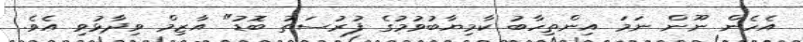
އެހެން ނޫން ނަމަ އިންތިހާބު ކާމިޔާބުވުމުގެ ފުރުސަތު ބޮޑު" އާޒިމް ވިދާޅުވި އެވެ.